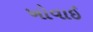
ખોવાઈ